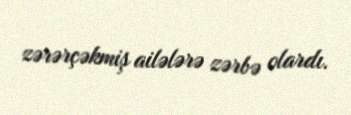
zərərçəkmiş ailələrə zərbə olardı.